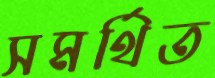
সমর্থিত